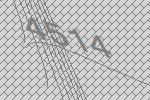
4514